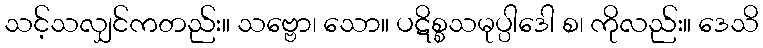
သင့်သလျှင်ကတည်း။ သဗ္ဗော၊ သော။ ပဋိစ္စသမုပ္ပါဒေါ စ၊ ကိုလည်း။ ဒေသိ